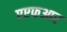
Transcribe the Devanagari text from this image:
एएफआर